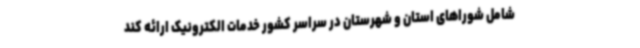
شامل شوراهای استان و شهرستان در سراسر کشور خدمات الکترونیک ارائه کند